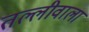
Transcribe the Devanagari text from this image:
तल्लीवाला